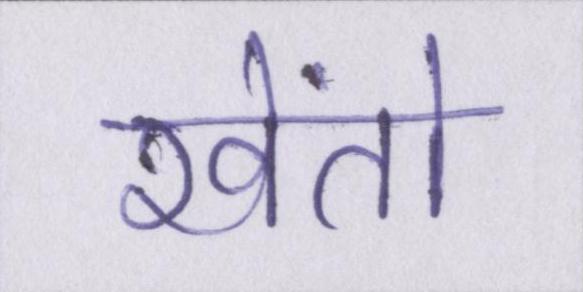
खेंतो